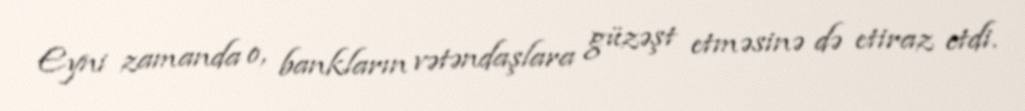
Eyni zamanda o, bankların vətəndaşlara güzəşt etməsinə də etiraz etdi.